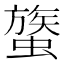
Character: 𧐈